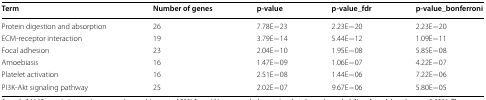
| Term | Number of genes | p-value | p-value_fdr | p-value_bonferroni |
 | --- | --- | --- | --- | --- |
 | Protein digestion and absorption | 26 | 7.78E−23 | 2.23E−20 | 2.23E−20 |
 | ECM-receptor interaction | 19 | 3.79E−14 | 5.44E−12 | 1.09E−11 |
 | Focal adhesion | 23 | 2.04E−10 | 1.95E−08 | 5.85E−08 |
 | Amoebiasis | 16 | 1.47E−09 | 1.06E−07 | 4.22E−07 |
 | Platelet activation | 16 | 2.51E−08 | 1.44E−06 | 7.22E−06 |
 | PI3K-Akt signaling pathway | 25 | 2.02E−07 | 9.67E−06 | 5.80E−05 |